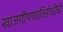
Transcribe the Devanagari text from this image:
खाजगीपणाविरोधीचे